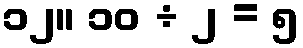
၁၂။ ၁၀ ÷ ၂ = ၅